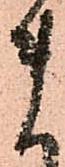
ま